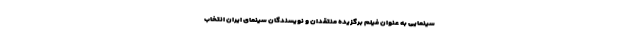
سینمایی به عنوان فیلم برگزیده منتقدان و نویسندگان سینمای ایران انتخاب